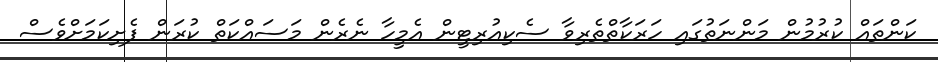
ކަންތައް ކުރުމުން މަންނަތުގައި ހަރަކާތްތެރިވާ ސެކިއުރިޓީން އެމީހާ ނެރެން މަސައްކަތް ކުރަން ފެށިކަމަށްވެސް